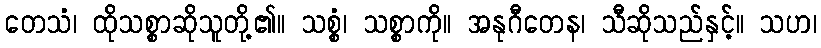
တေသံ၊ ထိုသစ္စာဆိုသူတို့၏။ သစ္စံ၊ သစ္စာကို။ အနုဂီတေန၊ သီဆိုသည်နှင့်။ သဟ၊